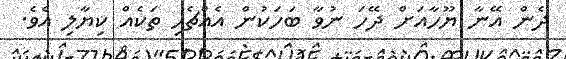
ދެން އޭނާ ޔޫހާއަށް ދޭހަ ނުވާ ބަހަކުން އެއްޗެހި ތަކެއް ކިޔާލި އެވެ.